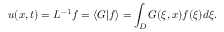
u ( x , t ) = { \cal L } ^ { - 1 } f = \langle G | f \rangle = \int _ { D } G ( \xi , x ) f ( \xi ) d \xi .